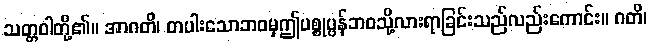
သတ္တဝါတို့၏။ အာဂတိ၊ တပါးသောဘဝမှဤပစ္စုပ္ပန်ဘဝသို့လားရာခြင်းသည်လည်းကောင်း။ ဂတိ၊